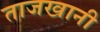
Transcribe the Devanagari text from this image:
ताजखानी